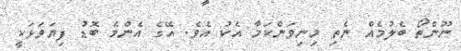
ނޫންތޯ ބެލުމެއް ނެތި މިނިވަންކަމާ އެކު އެވެ. އޭގެ އެންމެ ބޮޑު ފިޔަވަޅަކީ